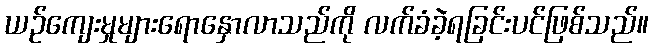
ယဉ်ကျေးမှုများရောနှောလာသည်ကို လက်ခံခဲ့ရခြင်းပင်ဖြစ်သည်။